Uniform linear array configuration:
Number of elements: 48
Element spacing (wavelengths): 1
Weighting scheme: cosine
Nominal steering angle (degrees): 60
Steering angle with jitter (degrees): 60.534
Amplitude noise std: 0.05
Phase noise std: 0.05

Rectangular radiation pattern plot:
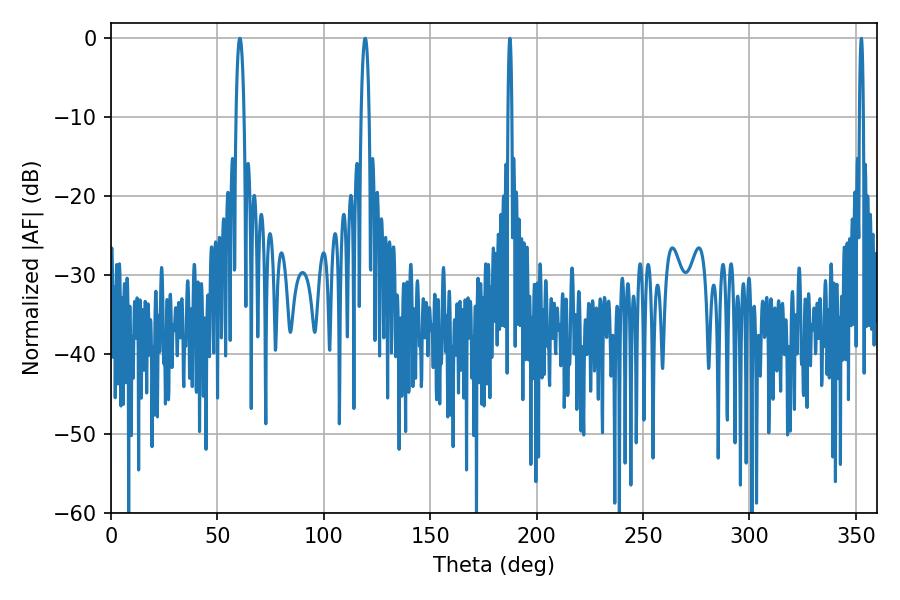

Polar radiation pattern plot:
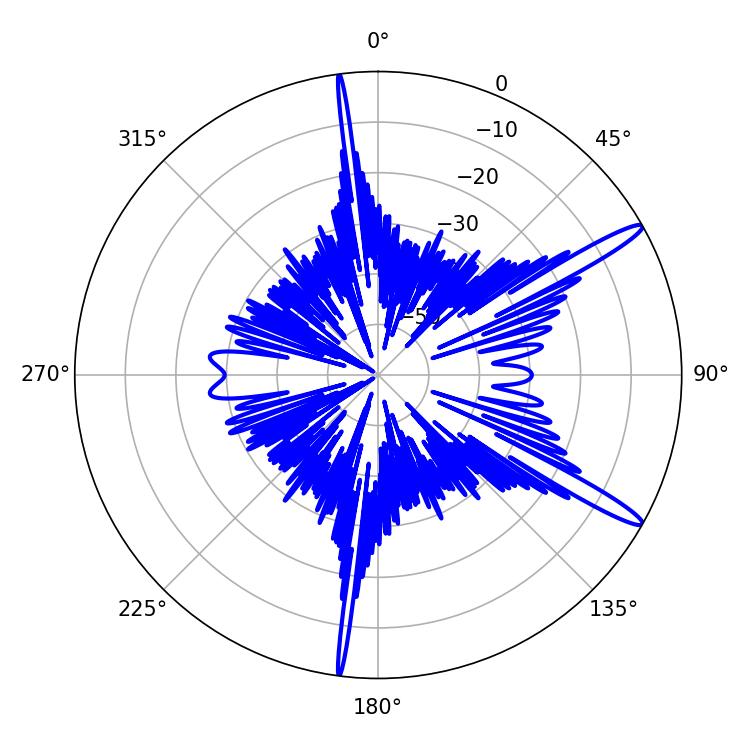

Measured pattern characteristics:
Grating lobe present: TRUE
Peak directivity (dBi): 14.66
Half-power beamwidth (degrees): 1.98
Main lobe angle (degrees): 60.48